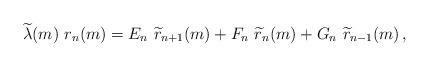
LaTeX: \begin{align*}\widetilde{\lambda}(m)\ r_n(m)=E_{n}\ \widetilde{r}_{n+1}(m) +F_n\ \widetilde{r}_{n}(m) +G_n\ \widetilde{r}_{n-1}(m) \,,\end{align*}